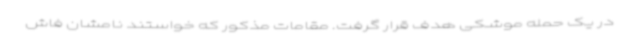
در یک حمله موشکی هدف قرار گرفت. مقامات مذکور که خواستند نامشان فاش